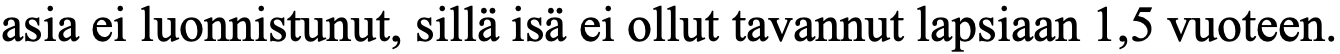
asia ei luonnistunut, sillä isä ei ollut tavannut lapsiaan 1,5 vuoteen.